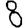
Digit: 8